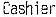
CASHIER